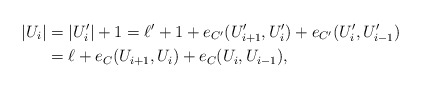
\begin{align*}|U_i|&=|U_i'|+1=\ell'+1 +e_{C'}(U_{i+1}', U_i')+e_{C'}(U_i', U_{i-1}')\\&=\ell+e_C(U_{i+1}, U_i)+e_C(U_i, U_{i-1}),\end{align*}